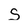
Character: s